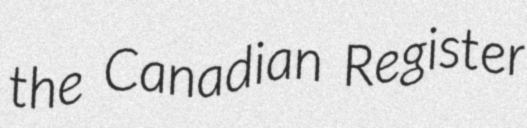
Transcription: the Canadian Register